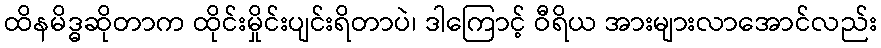
ထိနမိဒ္ဓဆိုတာက ထိုင်းမှိုင်းပျင်းရိတာပဲ၊ ဒါကြောင့် ဝီရိယ အားများလာအောင်လည်း